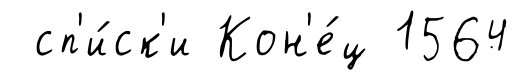
сп'и́ск'и Кон'е́ц 1564